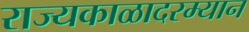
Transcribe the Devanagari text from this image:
राज्यकाळादरम्यान